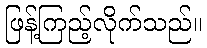
ဖြန့်ကြည့်လိုက်သည်။